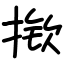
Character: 揿